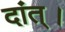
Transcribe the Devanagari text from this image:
दांत्।